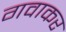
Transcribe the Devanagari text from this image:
गवाकर